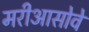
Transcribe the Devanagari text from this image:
मरीआसोवे